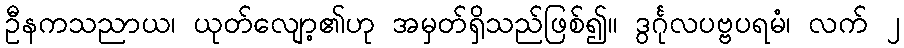
ဦနကသညာယ၊ ယုတ်လျော့၏ဟု အမှတ်ရှိသည်ဖြစ်၍။ ဒွင်္ဂုလပဗ္ဗပရမံ၊ လက် ၂